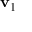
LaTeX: \mathbf { v } _ { 1 }